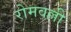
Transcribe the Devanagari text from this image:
रोमवल्ली